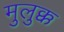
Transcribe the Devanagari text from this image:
मुलुक्क